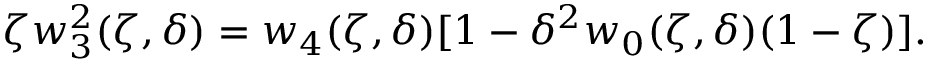
\zeta w _ { 3 } ^ { 2 } ( \zeta , \delta ) = w _ { 4 } ( \zeta , \delta ) [ 1 - \delta ^ { 2 } w _ { 0 } ( \zeta , \delta ) ( 1 - \zeta ) ] .